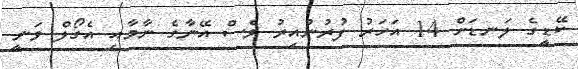
ކޭޑީގެ ލަނޑަށް 14 އަހަރު ފުރުނުއިރު ވެސް އޭނާގެ ނާމާއި އެގޯލް ވަނީ